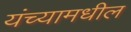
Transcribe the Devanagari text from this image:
यंच्यामधील